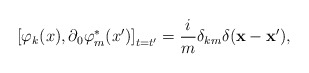
\begin{align*}\left[ \varphi_k(x),\partial_0 \varphi _{m}^{*}(x^{\prime})\right] _{t=t^{\prime }}=\frac{i}{m}\delta _{km}\delta(\mathbf{x}-\mathbf{x}^{\prime }) ,\end{align*}